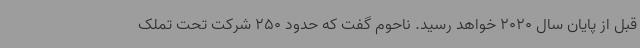
قبل از پایان سال 2020 خواهد رسید. ناحوم گفت که حدود 250 شرکت تحت تملک